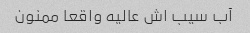
آب سیب اش عالیه واقعا ممنون